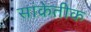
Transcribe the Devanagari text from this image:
सांकेतीक